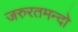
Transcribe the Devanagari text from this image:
जरुरतमन्दो